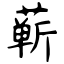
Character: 蕲